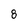
Character: 8